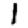
Digit: 1